Vaccination in Bombay 1863-1868 - 1863-1868
Year: 1863
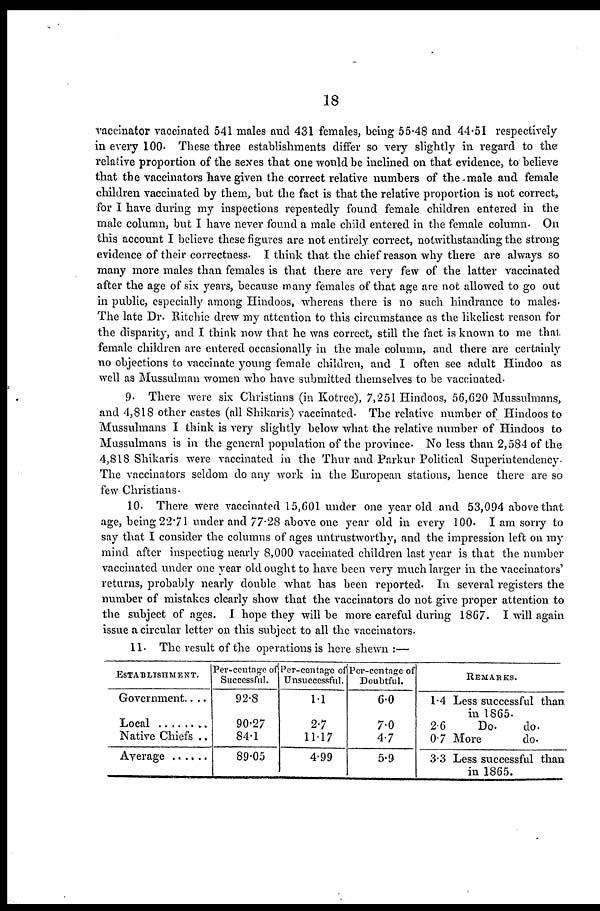
18
vaccinator vaccinated 541 males and 431 females, being 55.48 and 44.51 respectively
in every 100. These three establishments differ so very slightly in regard to the
relative proportion of the sexes that one would be inclined on that evidence, to believe
that the vaccinators have given the correct relative numbers of the male and female
children vaccinated by them, but the fact is that the relative proportion is not correct,
for I have during my inspections repeatedly found female children entered in the
male column, but I have never found a male child entered in the female column.- On
this account I believe these figures are not entirely correct, not with standing the strong
evidence of their correctness. I think that the chief reason why there are always so
many more males than females is that there are very few of the latter vaccinated
after the age of six years, because many females of that age are not allowed to go out
in public, especially among Hindoos, whereas there is no such hindrance to males¬-
The late Dr. Ritchie drew my attention to this circumstance as the likeliest reason for
the disparity, and I think now that he was correct, still the fact is known to me that
female children are entered occasionally in the male column, and there are certainly
no objections to vaccinate young female children, and I often see adult Hindoo as
well as Mussulman women who have submitted themselves to be vaccinated.
9. There were six Christians (in Kotree), 7,251 Hindoos, 56,620 Mussulmans,
and 4,818 other castes (all Shikaris) vaccinated. The relative number of Hindoos to
Mussulmans I think is very slightly below what the relative number of Hindoos to
Mussulmans is in the general population of the province. No less than 2,584 of the
4,818 Shikaris were vaccinated in the Thur and Parkur Political Superintendency.
The vaccinators seldom do any work in the European stations, hence there are so
few Christians.
10. There were vaccinated 15,601 under one year old and 53,094 above that
age, being 22.71 under and 77.28 above one year old in every 100. I am sorry to
say that I consider the columns of ages untrustworthy, and the impression left on my
mind after inspecting nearly 8,000 vaccinated children last year is that the number
vaccinated under one year old ought to have been very much larger in the vaccinators'
returns, probably nearly double what has been reported. In several registers the
number of mistakes clearly show that the vaccinators do not give proper attention to
the subject of ages. I hope they will be more careful during 1867. I will again
issue a circular letter on this subject to all the vaccinators.
11. The result of the operations is here shewn :—
ESTABLISHMENT.
Government....
Local .......
Native Chiefs ..
Average ......
Per-centage of
Successful.
92.8
90.27
84.1
89.05
Per-centage of
Unsuccessful.
1.1
2.7
11.17
4.99
Per-centage of
Doubtful.
6.0
7.0
4.7
5.9
REMARKS.
1.4 Less successful than
in 1865.
2.6
Do.
do.
0.7 More
do.
3.3 Less successful than
in 1865.